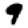
Digit: 9